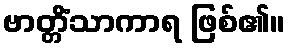
ဗာတ္တိံသာကာရ ဖြစ်၏။